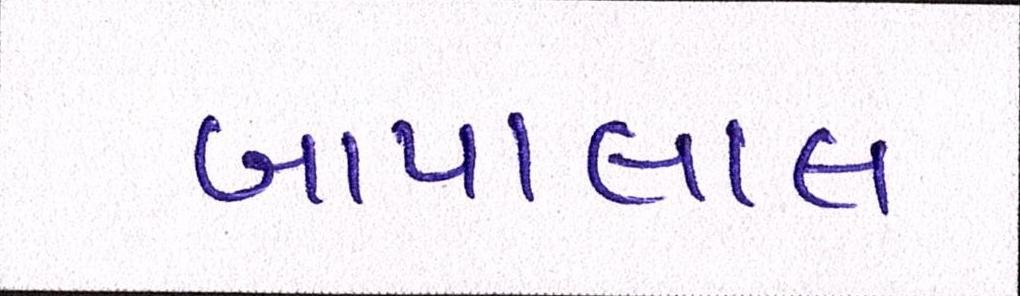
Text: બાપાલાલ